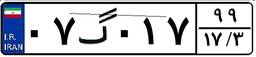
۴۲گ۵۵۷۱۲